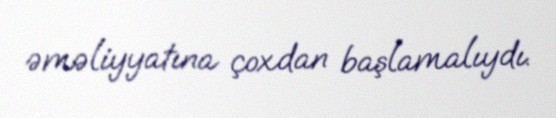
əməliyyatına çoxdan başlamalıydı.